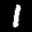
Digit: 1